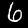
Digit: 6